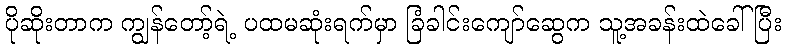
ပိုဆိုးတာက ကျွန်တော့်ရဲ့ ပထမဆုံးရက်မှာ ခြံခါင်းကျော်ဆွေက သူ့အခန်းထဲခေါ်ပြီး